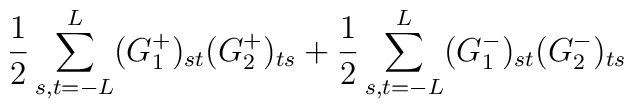
\frac{1}{2} \sum_{s,t=-L}^{L}  (G^+_1)_{st}(G^+_2)_{ts} + \frac{1}{2} \sum_{s,t=-L}^{L} (G^-_1)_{st} (G^-_2)_{ts}